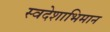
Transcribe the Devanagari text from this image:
स्वदेशाभिमान